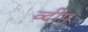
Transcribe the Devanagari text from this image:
व्दीप